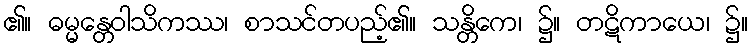
၏။ ဓမ္မန္တေဝါသိကဿ၊ စာသင်တပည့်၏။ သန္တိကေ၊ ၌။ တဋိကာယေ၊ ၌။